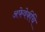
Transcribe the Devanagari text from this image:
अफेवेर्कीचे